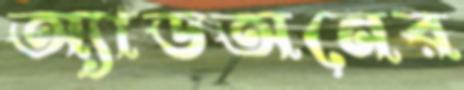
অ্যাডঅনের